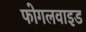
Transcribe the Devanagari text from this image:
फोगलवाइड